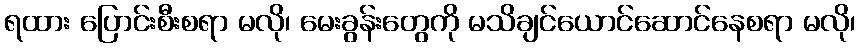
ရထား ပြောင်းစီးစရာ မလို၊ မေးခွန်းတွေကို မသိချင်ယောင်ဆောင်နေစရာ မလို၊